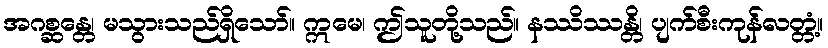
အဂစ္ဆန္တေ၊ မသွားသည်ရှိသော်။ ဣမေ၊ ဤသူတို့သည်။ နဿိဿန္တိ၊ ပျက်စီးကုန်လတ္တံ့။